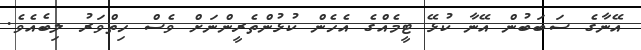
އޭނާގެ ސަބަބުން އޭނާ ކުޅޭ ޓީމެއްގެ އެހެން ކުޅުންތެރީންނަށް ވެސް ހިތްވަރު ލިބެއެވެ.